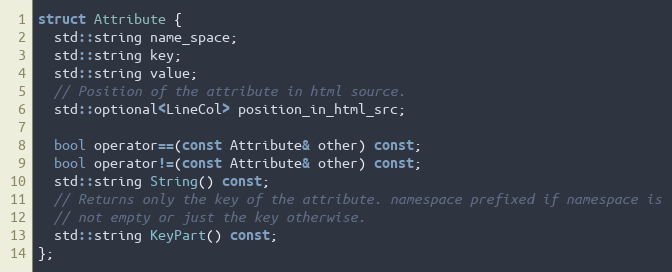
Language: C
struct Attribute {
  std::string name_space;
  std::string key;
  std::string value;
  // Position of the attribute in html source.
  std::optional<LineCol> position_in_html_src;

  bool operator==(const Attribute& other) const;
  bool operator!=(const Attribute& other) const;
  std::string String() const;
  // Returns only the key of the attribute. namespace prefixed if namespace is
  // not empty or just the key otherwise.
  std::string KeyPart() const;
};